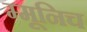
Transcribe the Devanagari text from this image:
म्मूनिच